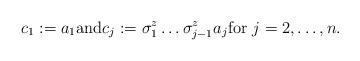
LaTeX: \begin{align*} c_1 := a_1 \mbox{and} c_j := \sigma_1^z \ldots \sigma_{j-1}^z a_j \mbox{for } j= 2,\ldots,n.\end{align*}